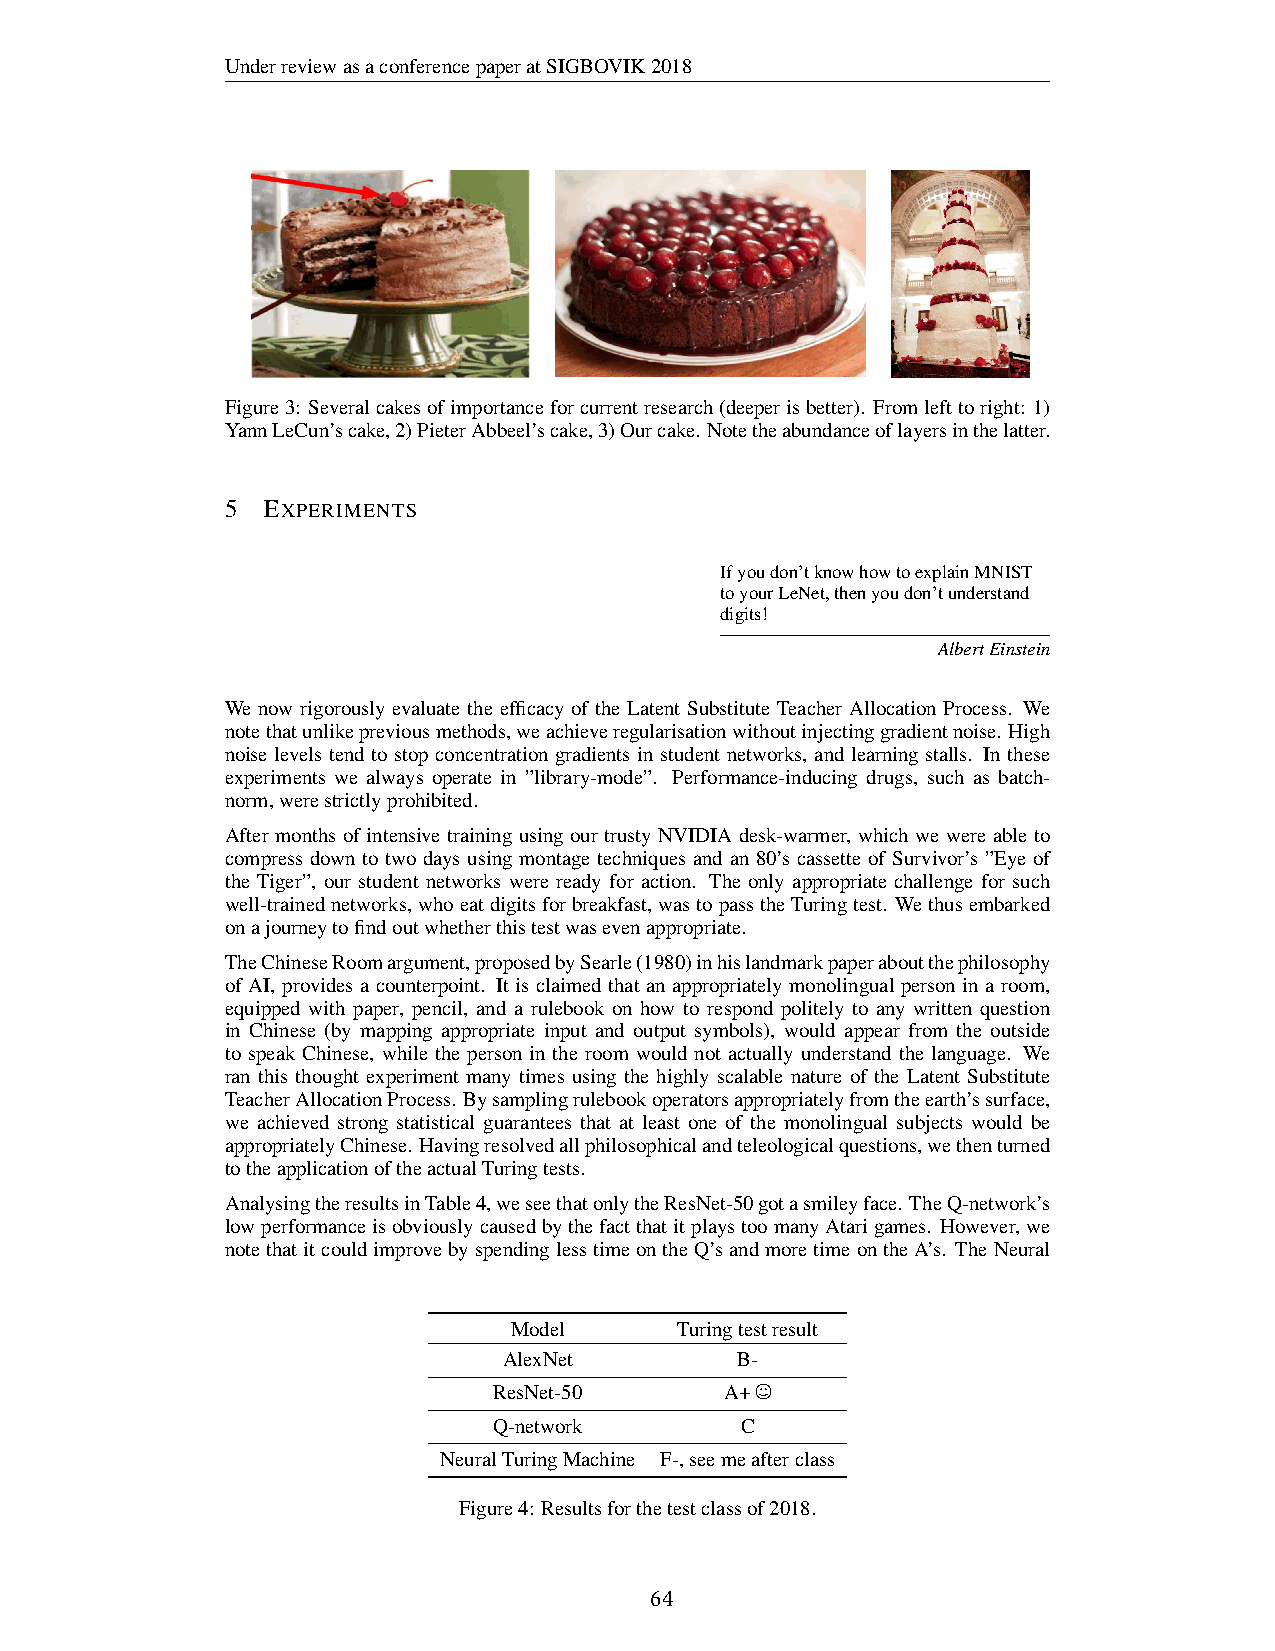
UnderreviewasaconferencepaperatSIGBOVIK2018
 Figure3: Severalcakesofimportanceforcurrentresearch(deeperisbetter). Fromlefttoright: 1)
 YannLeCun’scake,2)PieterAbbeel’scake,3)Ourcake. Notetheabundanceoflayersinthelatter.
 5 EXPERIMENTS
 Ifyoudon’tknowhowtoexplainMNIST
 toyourLeNet,thenyoudon’tunderstand
 digits!
 AlbertEinstein
 We now rigorously evaluate the efficacy of the Latent Substitute Teacher Allocation Process. We
 notethatunlikepreviousmethods,weachieveregularisationwithoutinjectinggradientnoise. High
 noise levels tend to stop concentration gradients in student networks, and learning stalls. In these
 experiments we always operate in ”library-mode”. Performance-inducing drugs, such as batch-
 norm,werestrictlyprohibited.
 After months of intensive training using our trusty NVIDIA desk-warmer, which we were able to
 compress down to two days using montage techniques and an 80’s cassette of Survivor’s ”Eye of
 the Tiger”, our student networks were ready for action. The only appropriate challenge for such
 well-trainednetworks,whoeatdigitsforbreakfast,wastopasstheTuringtest. Wethusembarked
 onajourneytofindoutwhetherthistestwasevenappropriate.
 TheChineseRoomargument,proposedbySearle(1980)inhislandmarkpaperaboutthephilosophy
 of AI, provides a counterpoint. It is claimed that an appropriately monolingual person in a room,
 equipped with paper, pencil, and a rulebook on how to respond politely to any written question
 in Chinese (by mapping appropriate input and output symbols), would appear from the outside
 to speak Chinese, while the person in the room would not actually understand the language. We
 ran this thought experiment many times using the highly scalable nature of the Latent Substitute
 TeacherAllocationProcess. Bysamplingrulebookoperatorsappropriatelyfromtheearth’ssurface,
 we achieved strong statistical guarantees that at least one of the monolingual subjects would be
 appropriatelyChinese. Havingresolvedallphilosophicalandteleologicalquestions,wethenturned
 totheapplicationoftheactualTuringtests.
 AnalysingtheresultsinTable4,weseethatonlytheResNet-50gotasmileyface. TheQ-network’s
 lowperformanceisobviouslycausedbythefactthatitplaystoomanyAtarigames. However,we
 notethatitcouldimprovebyspendinglesstimeontheQ’sandmoretimeontheA’s. TheNeural
 Model      Turingtestresult
 AlexNet         B-
 ResNet-50      A+
 Q-network       C
 NeuralTuringMachine F-,seemeafterclass
 Figure4: Resultsforthetestclassof2018.
 5
 64